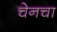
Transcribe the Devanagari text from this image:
चेनचा